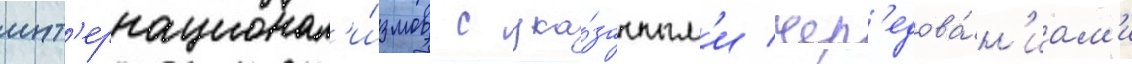
инт'ернационал'и́змов с ука́занным'и чер'едова́н'иам'и